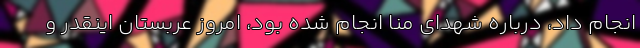
انجام داد، درباره شهدای منا انجام شده بود، امروز عربستان اینقدر و